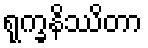
ရုက္ခနိဿိတာ